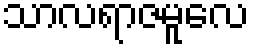
သာလရာဇမူလေ